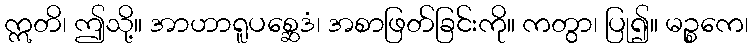
ဣတိ၊ ဤသို့။ အာဟာရူပစ္ဆေဒံ၊ အစာဖြတ်ခြင်းကို။ ကတွာ၊ ပြု၍။ မဉ္စကေ၊